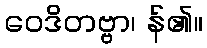
ဝေဒိတဗ္ဗာ၊ န်၏။